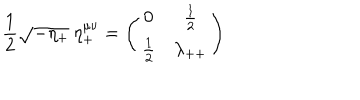
{ \frac { 1 } { 2 } } \sqrt { - \eta _ { + } } \: \eta _ { + } ^ { \mu \nu } = \left( \begin{array} { c c } { { 0 } } & { { { { \frac { 1 } { 2 } } } } } \\ { { { { \frac { 1 } { 2 } } } } } & { { { \lambda _ { + + } } } } \\ \end{array} \right)